Annual administration report of the Civil Veterinary Department of India - 1894-1895
Year: 1894
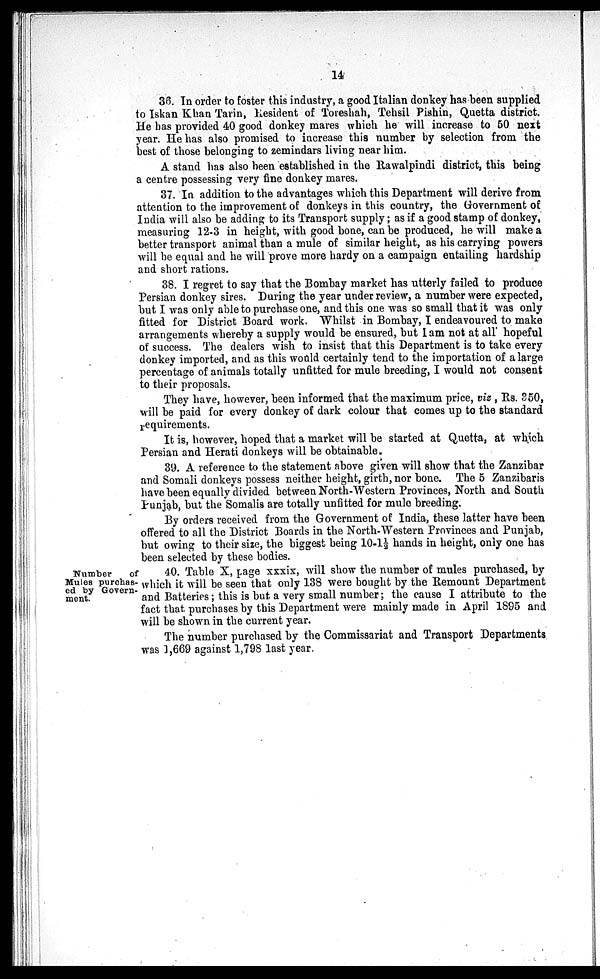
14
36. In order to foster this industry, a good Italian donkey has been supplied
to Iskan Khan Tarin, Resident of Toreshah, Tehsil Pishin, Quetta district.
He has provided 40 good donkey mares which he will increase to 50 next
year. He has also promised to increase this number by selection from the
best of those belonging to zemindars living near him.
A stand has also been established in the Rawalpindi district, this being
a centre possessing very fine donkey mares.
37. In addition to the advantages which this Department will derive from
attention to the improvement of donkeys in this country, the Government of
India will also be adding to its Transport supply; as if a good stamp of donkey,
measuring 12-3 in height, with good bone, can be produced, he will make a
better transport animal than a mule of similar height, as his carrying powers
will be equal and he will prove more hardy on a campaign entailing hardship
and short rations.
38. I regret to say that the Bombay market has utterly failed to produce
Persian donkey sires. During the year under review, a number were expected,
but I was only able to purchase one, and this one was so small that it was only
fitted for District Board work. Whilst in Bombay, I endeavoured to make
arrangements whereby a supply would be ensured, but I am not at all hopeful
of success. The dealers wish to insist that this Department is to take every
donkey imported, and as this would certainly tend to the importation of a large
percentage of animals totally unfitted for mule breeding, I would not consent
to their proposals.
They have, however, been informed that the maximum price, viz , Rs. 350,
will be paid for every donkey of dark colour that comes up to the standard
requirements.
It is, however, hoped that a market will be started at Quetta, at which
Persian and Herati donkeys will be obtainable.
39. A reference to the statement above given will show that the Zanzibar
and Somali donkeys possess neither height, girth, nor bone. The 5 Zanzibaris
have been equally divided between North-Western Provinces, North and South
Punjab, but the Somalis are totally unfitted for mule breeding.
By orders received from the Government of India, these latter have been
offered to all the District Boards in the North-Western Provinces and Punjab,
but owing to their size, the biggest being 10-1½ hands in height, only one has
been selected by these bodies.
Number
of
Mules purchas-
ed by Govern-
ment.
40. Table X, page xxxix, will show the number of mules purchased, by
which it will be seen that only 138 were bought by the Remount Department
and Batteries; this is but a very small number; the cause I attribute to the
fact that purchases by this Department were mainly made in April 1895 and
will be shown in the current year.
The number purchased by the Commissariat and Transport Departments
was 1,669 against 1,798 last year,